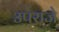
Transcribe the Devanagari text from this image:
उपराजे